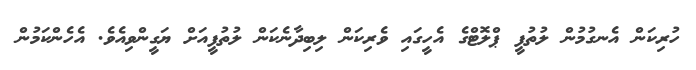
ހުރިކަން އެނގުމުން ލުތުފީ ޕްލޮޓްގެ އެހީގައި ވެރިކަން ލިބިދާނެކަން ލުތުފީއަށް ޔަގީންވިއެވެ. އެހެންކަމުން